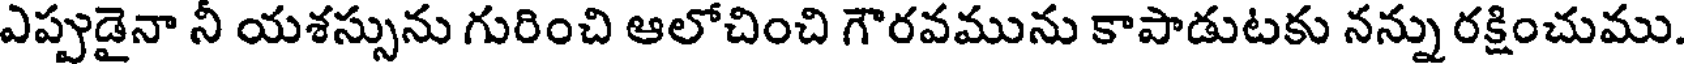
ఎప్పుడైనా నీ యశస్సును గురించి ఆలోచించి గౌరవమును కాపాడుటకు నన్ను రక్షించుము.